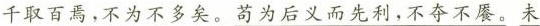
千取百焉，不为不多矣。苟为后义而先利，不夺不展。未